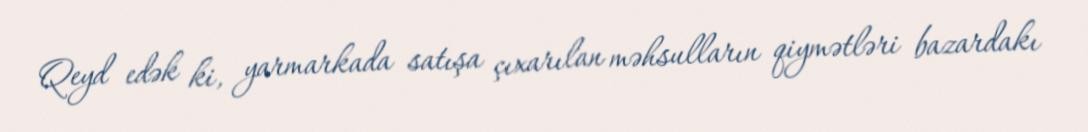
Qeyd edək ki, yarmarkada satışa çıxarılan məhsulların qiymətləri bazardakı